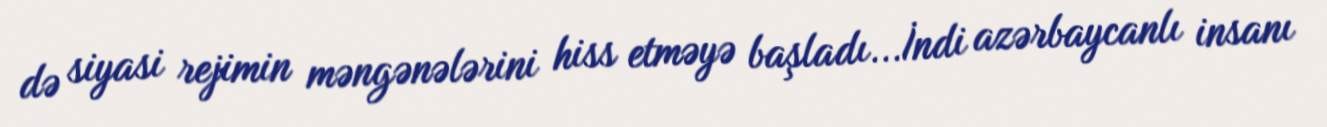
də siyasi rejimin məngənələrini hiss etməyə başladı...İndi azərbaycanlı insanı